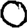
Digit: 0